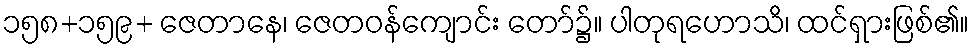
၁၅၈+၁၅၉+ ဇေတာနေ၊ ဇေတဝန်ကျောင်း တော်၌။ ပါတုရဟောသိ၊ ထင်ရှားဖြစ်၏။